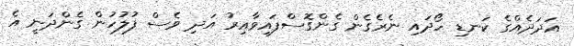
އަދަދެއްގެ ކަނޑި ހޯދައި ނެރެގެން ގެންގޮސްފައިވާއިރު އަދި ވެސް ފުލުހުން ގެންދަނީ އެ